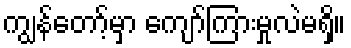
ကျွန်တော့်မှာ ကျော်ကြားမှုလဲမရှိ။